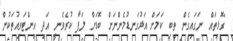
"ގޮޅިތައް ނަގައިގެން ތިބި ކަމަށް އަޅުގަނޑުމެންނަށް ބޮޑަށް ލަފާ ކުރެވެނީ އަދި އިންޓަވިއުތަކުން